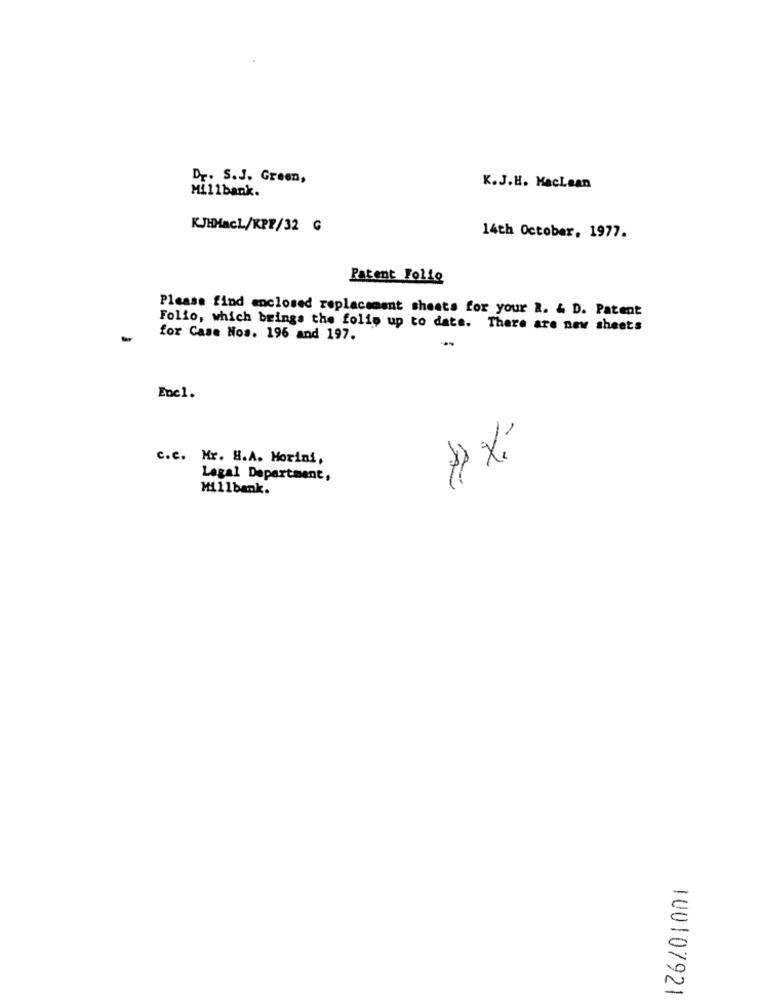
Dr. S.J. Green,
Millbank.
K.J.H. MacLaan
KJHHacl/KPF/32 G
14th October, 1977.
Patent Folie
Please find enclosed replacement sheets for your a. & D. Patent
Folio, which brings the folio up to date. There are new sheets
for Case Nos. 196 and 197.
Enc1.
c.c. Mr. H.A. Morini,
Legal Department,
Millbank.
100107921